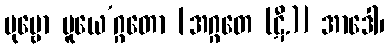
ပုဗ္ဗော ပူယေ’ဂ္ဂတော [အဂ္ဂတေ (ဋီ.)] အာဒေါ၊